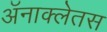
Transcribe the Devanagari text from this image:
अॅनाक्लेतस